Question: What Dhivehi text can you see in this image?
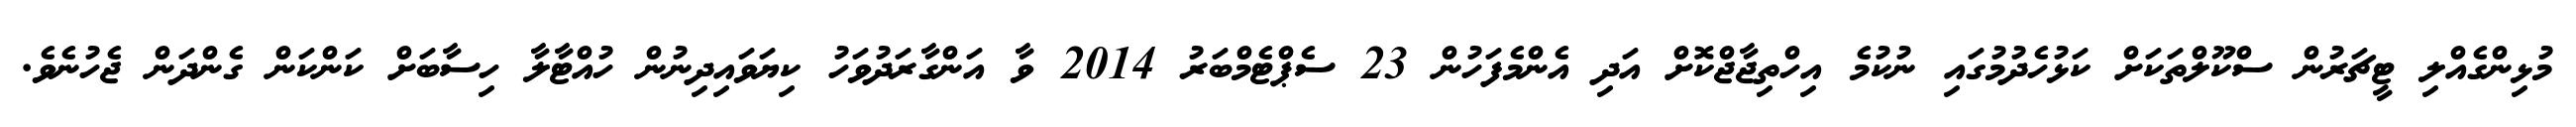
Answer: މުޅިންގެއްލި ޓީޗަރުން ސްކޫލްތަކަށް ކަޅުހެދުމުގައި ނުކުމެ އިހްތިޖާޖްކޮށް އަދި އެންމެފަހުން 23 ސެޕްޓެމްބަރު 2014 ވާ އަންގާރަދުވަހު ކިޔަވައިދިނުން ހުއްޓާލާ ހިސާބަށް ކަންކަން ގެންދަން ޖެހުނެވެ.